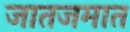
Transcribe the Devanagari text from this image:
जातजमात